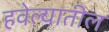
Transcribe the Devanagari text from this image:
हवेल्यातील